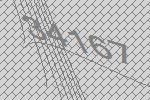
34167